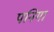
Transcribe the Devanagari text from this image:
पनिगा